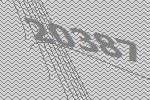
20387